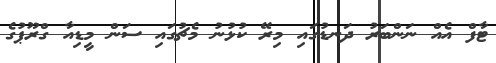
ޓާފް އެއް ނަންބަރު ދަނޑުގައި މިރޭ ކުޅުނު މެޗުގައި ސަން މީޑިއާ ގްރޫޕުގެ